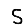
Digit: 5